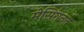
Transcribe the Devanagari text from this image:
मेसिंगनन